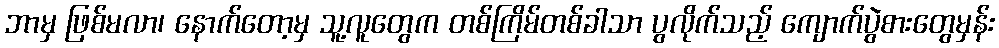
ဘာမှ ဖြစ်မလာ၊ နောက်တော့မှ သူ့လူတွေက တစ်ကြိမ်တစ်ခါသာ ပွလိုက်သည့် ကျောက်ပွဲစားတွေမှန်း